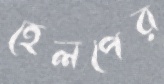
হেলপের